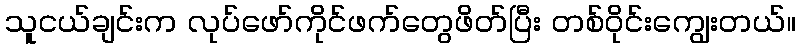
သူငယ်ချင်းက လုပ်ဖော်ကိုင်ဖက်တွေဖိတ်ပြီး တစ်ဝိုင်းကျွေးတယ်။